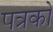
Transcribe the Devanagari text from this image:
पत्रको